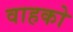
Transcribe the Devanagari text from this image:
वाहको